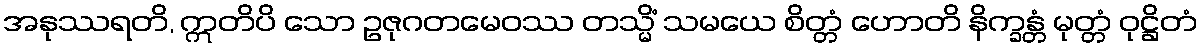
အနုဿရတိ, ဣတိပိ သော ဥဇုဂတမေဝဿ တသ္မိံ သမယေ စိတ္တံ ဟောတိ နိက္ခန္တံ မုတ္တံ ဝုဋ္ဌိတံ